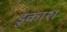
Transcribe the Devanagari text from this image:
डुकाश